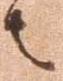
者